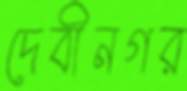
দেবীনগর